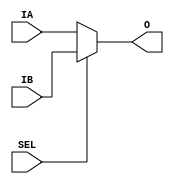
// $Header: /devl/xcs/repo/env/Databases/CAEInterfaces/xec_libs/data/unisims/X_MUX2.v,v 1.1 2005/05/10 01:20:09 wloo Exp $

/*

FUNCTION	: 2 to 1 Multiplexer

*/

`celldefine
`timescale  1 ps / 1 ps

module X_MUX2 (O, IA, IB, SEL);

    output O;
    reg    o_out;

    input  IA, IB, SEL;

    buf B1 (O, o_out);

	always @(IA or IB or SEL) begin
	    if (SEL)
		o_out <= IB;
	    else
		o_out <= IA;
	end

endmodule